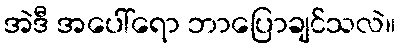
အဲဒီ အပေါ်ရော ဘာပြောချင်သလဲ။